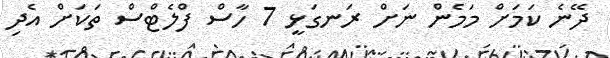
ދޭނެ ކަމަށް މަމެން ނަށް ރަނގަޅީ 7 ހާސް ފްލެޓްސް ތަކަށް އެދި